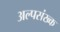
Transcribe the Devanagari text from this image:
अल्पसंख्क